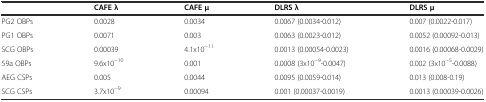
<table><thead><tr><td></td><td><b>CAFE λ</b></td><td><b>CAFE μ</b></td><td><b>DLRS λ</b></td><td><b>DLRS μ</b></td></tr></thead><tbody><tr><td>PG2 OBPs</td><td>0.0028</td><td>0.0034</td><td>0.0067 (0.0034-0.012)</td><td>0.007 (0.0022-0.017)</td></tr><tr><td>PG1 OBPs</td><td>0.0071</td><td>0.003</td><td>0.0063 (0.0023-0.012)</td><td>0.0052 (0.00092-0.013)</td></tr><tr><td>SCG OBPs</td><td>0.00039</td><td>4.1x10<sup>-11</sup></td><td>0.0013 (0.00054-0.0023)</td><td>0.0016 (0.00068-0.0029)</td></tr><tr><td>59a OBPs</td><td>9.6x10<sup>-10</sup></td><td>0.001</td><td>0.0008 (3x10<sup>-9</sup>-0.0047)</td><td>0.002 (3x10<sup>-5</sup>-0.0088)</td></tr><tr><td>AEG CSPs</td><td>0.005</td><td>0.0044</td><td>0.0095 (0.0059-0.014)</td><td>0.013 (0.008-0.19)</td></tr><tr><td>SCG CSPs</td><td>3.7x10<sup>-9</sup></td><td>0.00094</td><td>0.001 (0.00037-0.0019)</td><td>0.0013 (0.00039-0.0026)</td></tr></tbody></table>